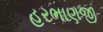
હરભાણજી